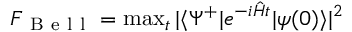
\begin{array} { r } { F _ { \mathrm { ~ B ~ e ~ l ~ l ~ } } = \operatorname* { m a x } _ { t } | \langle \Psi ^ { + } | e ^ { - i \hat { H } t } | \psi ( 0 ) \rangle | ^ { 2 } } \end{array}